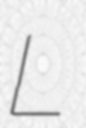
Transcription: L